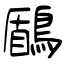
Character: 鶞